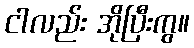
ငါလည်း အိုပြီးကွ။